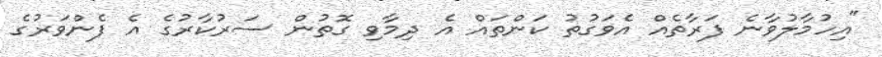
"އިހުމާލުވާނެ ފަރާތެއް އެވަގުތު ކަންތައް އެ ދިމާވި ގޮތުން ސަރުކާރުގެ އެ ފެންވަރުގެ